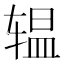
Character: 辒